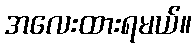
အလေးထားရမယ်။